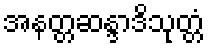
အနတ္တဆန္ဒာဒိသုတ္တံ